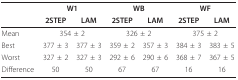
<table><thead><tr><td>[EMPTY_CELL]</td><td colspan="2"><b>W1</b></td><td colspan="2"><b>WB</b></td><td colspan="2"><b>WF</b></td></tr><tr><td>[EMPTY_CELL]</td><td><b>2STEP</b></td><td><b>LAM</b></td><td><b>2STEP</b></td><td><b>LAM</b></td><td><b>2STEP</b></td><td><b>LAM</b></td></tr></thead><tbody><tr><td>Mean</td><td colspan="2">354 ± 2</td><td colspan="2">326 ± 2</td><td colspan="2">375 ± 2</td></tr><tr><td>Best</td><td>377 ± 3</td><td>377 ± 3</td><td>359 ± 2</td><td>357 ± 3</td><td>384 ± 3</td><td>383 ± 5</td></tr><tr><td>Worst</td><td>327 ± 2</td><td>327 ± 3</td><td>292 ± 6</td><td>290 ± 6</td><td>368 ± 7</td><td>367 ± 5</td></tr><tr><td>Difference</td><td>50</td><td>50</td><td>67</td><td>67</td><td>16</td><td>16</td></tr></tbody></table>